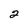
Character: 2